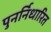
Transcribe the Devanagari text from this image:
पुनर्निधारित